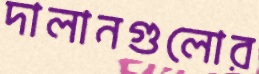
দালানগুলোর